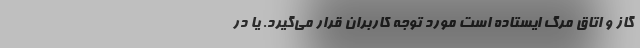
گاز و اتاق مرگ ایستاده است مورد توجه کاربران قرار می‌گیرد. یا در